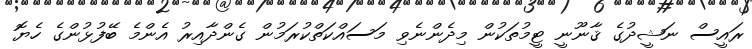
ރައީސް ނަޝީދުގެ ޤާނޫނީ ޓީމުތަކުން މިދެންނެވި މަސައްކަތްކުރަމުން ގެންދާއިރު އެންމެ ބޭފުޅުންގެ ހެޔޮ